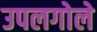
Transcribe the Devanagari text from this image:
उपलगोले